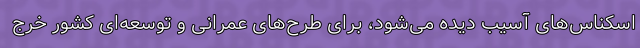
اسکناس‌های آسیب دیده می‌شود، برای طرح‌های عمرانی و توسعه‌ای کشور خرج